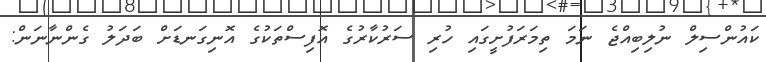
ކައުންސިލް ނުލިބިއްޖެ ނަމަ ތިމަރަފުށީގައި ހުރި ސަރުކާރުގެ އޮފިސްތަކުގެ އޮނިގަނޑަށް ބަދަލު ގެންނާނަން: